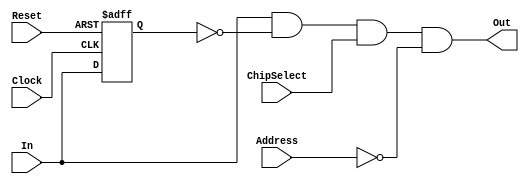
// Rising Edge Detector for the input signals coming from the bus
// Component of UART IP Module - System On Chip Project
// Archit Jaiswal

//-----------------------------------------------------------------------------
// Hardware Target
//-----------------------------------------------------------------------------

// Target Platform: DE1-SoC Board

// This is an edge detector circuit and it sends 1 only if the previous input was 0
// So it detects a transitions of 0 -> 1 at every clock and sends 1 to the output

module edgeDetector ( input  Clock,
							 input  Reset,
							 input  In,
							 input  ChipSelect,
							 input [1:0] Address, // when the data is written to DATA_REGISTER which is at address 00
							 output Out
						  );
						  
		
			reg lastIn = 1'b1;
							  
			always @ (posedge Clock or posedge Reset) 
			begin
			
				if (Reset)
					lastIn <= 1'b1;
				else
					lastIn <= In;
			end
			
			assign Out = In & !lastIn & ChipSelect & (Address == 2'b00); // if chipselect is ON and address is set to the data register
			
			
//			always @ (posedge Clock)
//			begin
//				Out <= In & !lastIn;
//			end
		
endmodule